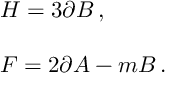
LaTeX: \begin{array} { r c l } { { } } & { { } } & { { H = 3 \partial B \, , } } \\ { { } } & { { } } & { { } } \\ { { } } & { { } } & { { F = 2 \partial A - m B \, . } } \end{array}